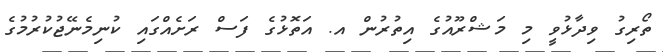
ތޯރިގު ވިދާޅުވީ މި މަޝްރޫއުގެ އިތުރުން އ. އަތޮޅުގެ ފަސް ރަށެއްގައި ކުނިމެނޭޖުކުރުމުގެ